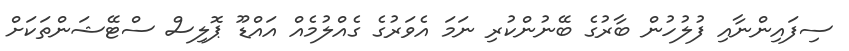
ސިފައިންނާއި ފުލުހުން ބާރުގެ ބޭނުންކުރި ނަމަ އެވަރުގެ ގެއްލުމެއް އައްޑޫ ޕޮލިސް ސްޓޭޝަންތަކަށް